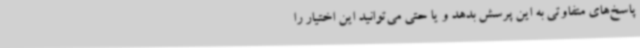
پاسخ‌های متفاوتی به این پرسش بدهد و یا حتی می‌توانید این اختیار را